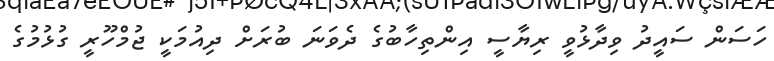
ހަސަން ސައީދު ވިދާޅުވީ ރިޔާސީ އިންތިހާބުގެ ދެވަނަ ބުރަށް ދިއުމަކީ ޖުމްހޫރީ ގުޅުމުގެ